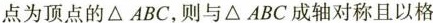
点为顶点的\triangle ABC，则与\triangle ABC成轴对称且以格